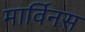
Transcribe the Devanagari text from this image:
मार्विनस